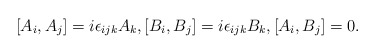
\begin{align*}[A_i,A_j]=i\epsilon_{ijk} A_k, [B_i,B_j]=i\epsilon_{ijk} B_k , [A_i,B_j]=0. \end{align*}